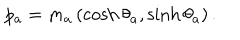
LaTeX: p _ { a } = m _ { a } \left( \cosh \theta _ { a } , \sinh \theta _ { a } \right) .